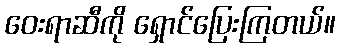
ဝေးရာဆီကို ရှောင်ပြေးကြတယ်။